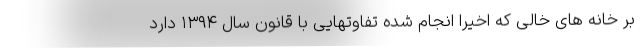
بر خانه های خالی که اخیرا انجام شده تفاوتهایی با قانون سال ۱۳۹۴ دارد